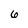
Character: 6